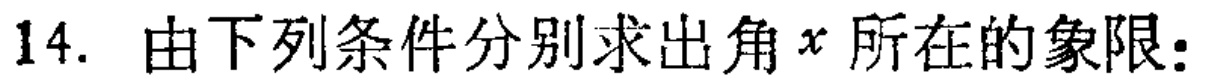
14. 由下列条件分别求出角\(x\)所在的象限：